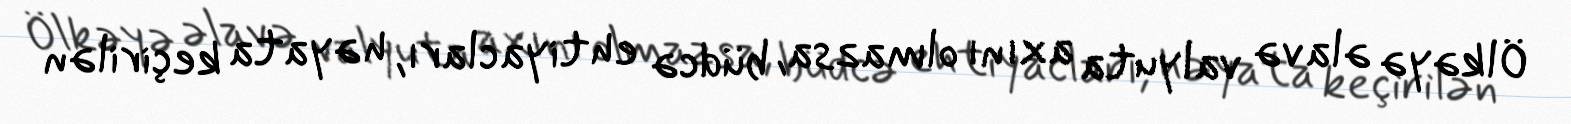
Ölkəyə əlavə valyuta axını olmazsa, büdcə ehtiyacları, həyata keçirilən